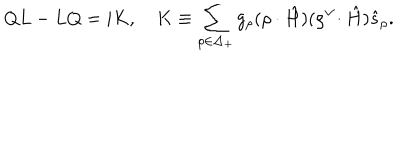
Q L - L Q = i K , \quad K \equiv \sum _ { \rho \in \Delta _ { + } } g _ { \rho } ( \rho \cdot \hat { H } ) ( { \rho } ^ { \vee } \! \cdot \hat { H } ) \hat { s } _ { \rho } .